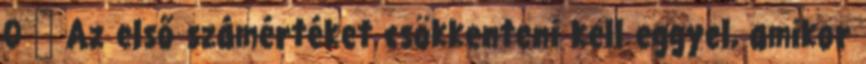
0 ↑ Az első számértéket csökkenteni kell eggyel, amikor